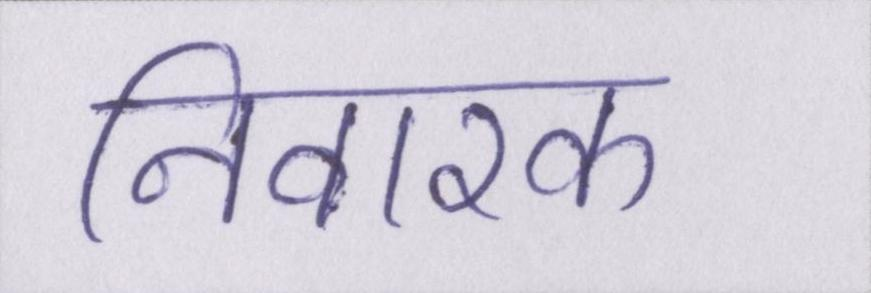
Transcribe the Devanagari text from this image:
निवारक